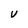
Character: V